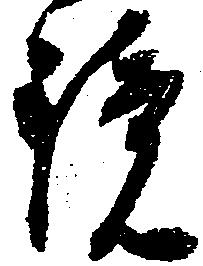
鏡